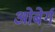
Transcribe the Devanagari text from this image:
ओबेर्ग